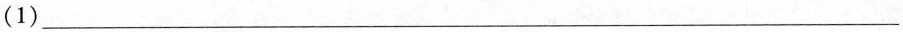
(1)___